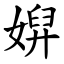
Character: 㜒